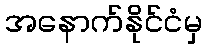
အနောက်နိုင်ငံမှ